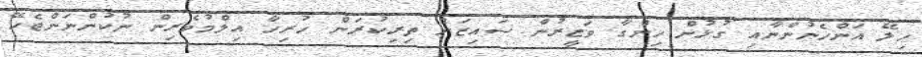
ހިލޭ އަންހެނުންނާއި ގުޅުން ހިންގާ ވަޒީރުން ސައިޒަށް ތިރިކުރަން ހުރިހާ އިލްމުވެރިން ނުކުންނަންޖެހޭ